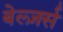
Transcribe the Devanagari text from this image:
बेल्ज़र्स